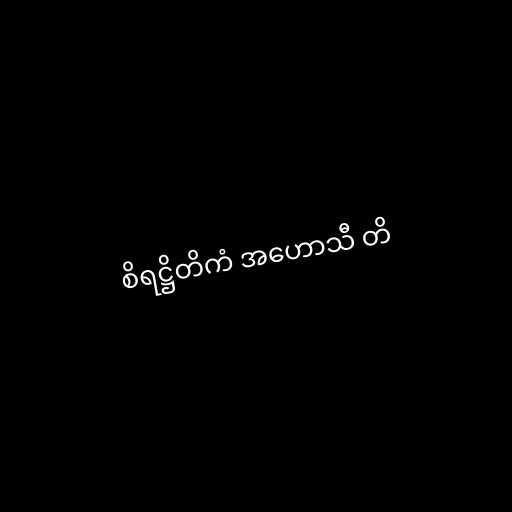
စိရဋ္ဌိတိကံ အဟောသီ တိ